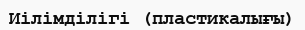
Иілімділігі (пластикалығы)